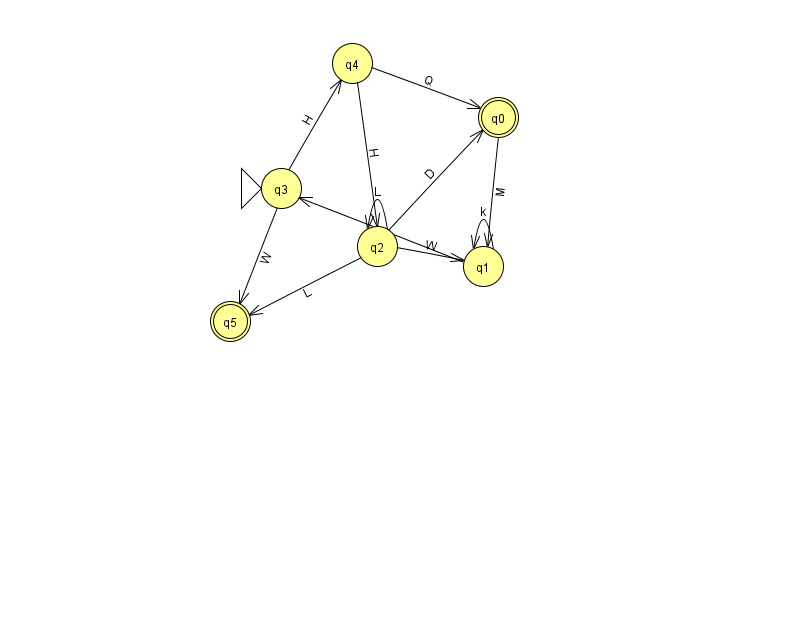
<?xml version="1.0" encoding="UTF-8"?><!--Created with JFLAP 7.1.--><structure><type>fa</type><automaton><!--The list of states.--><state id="0" name="q0"><x>498.0</x><y>104.0</y><final/></state><state id="1" name="q1"><x>483.0</x><y>253.0</y></state><state id="2" name="q2"><x>377.0</x><y>233.0</y></state><state id="3" name="q3"><x>281.0</x><y>175.0</y><initial/></state><state id="4" name="q4"><x>352.0</x><y>50.0</y></state><state id="5" name="q5"><x>230.0</x><y>308.0</y><final/></state><!--The list of transitions.--><transition><from>2</from><to>1</to><read>W</read></transition><transition><from>2</from><to>5</to><read>L</read></transition><transition><from>3</from><to>4</to><read>H</read></transition><transition><from>2</from><to>0</to><read>D</read></transition><transition><from>4</from><to>2</to><read>H</read></transition><transition><from>1</from><to>3</to><read>t</read></transition><transition><from>0</from><to>1</to><read>M</read></transition><transition><from>1</from><to>1</to><read>k</read></transition><transition><from>2</from><to>2</to><read>L</read></transition><transition><from>3</from><to>5</to><read>W</read></transition><transition><from>4</from><to>0</to><read>Q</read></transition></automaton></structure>